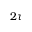
2 \tau